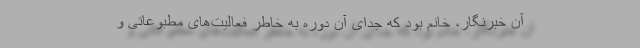
آن خبرنگار، خانم بود که جدای آن دوره به خاطر فعالیت‌های مطبوعاتی و